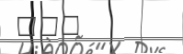
١٤٩